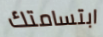
ابتسامتك